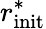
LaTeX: r_{\mathrm{init}}^{*}